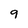
Character: 9